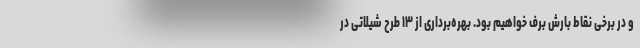
و در برخی نقاط بارش برف خواهیم بود. بهره‌برداری از ۱۳ طرح شیلاتی در